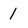
Character: 1